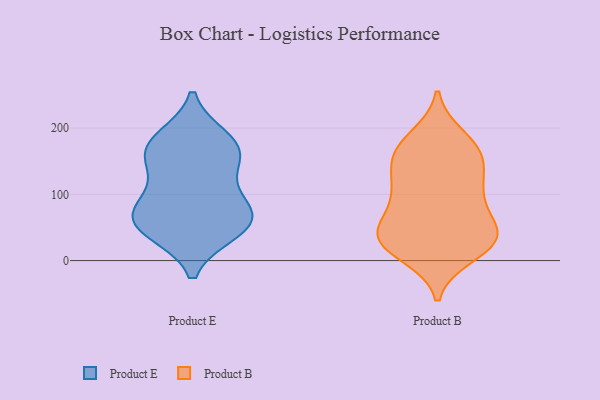
{"axis": {"x": "Satisfaction Score", "y": "Value"}, "legend": ["Product B", "Product E"], "data": [{"x": "", "y": 127, "type": "Product E"}, {"x": "", "y": 171, "type": "Product E"}, {"x": "", "y": 45, "type": "Product E"}, {"x": "", "y": 78, "type": "Product E"}, {"x": "", "y": 55, "type": "Product E"}, {"x": "", "y": 165, "type": "Product E"}, {"x": "", "y": 65, "type": "Product E"}, {"x": "", "y": 162, "type": "Product E"}, {"x": "", "y": 51, "type": "Product E"}, {"x": "", "y": 84, "type": "Product E"}, {"x": "", "y": 183, "type": "Product E"}, {"x": "", "y": 45, "type": "Product B"}, {"x": "", "y": 109, "type": "Product B"}, {"x": "", "y": 32, "type": "Product B"}, {"x": "", "y": 35, "type": "Product B"}, {"x": "", "y": 170, "type": "Product B"}, {"x": "", "y": 23, "type": "Product B"}, {"x": "", "y": 185, "type": "Product B"}, {"x": "", "y": 91, "type": "Product B"}, {"x": "", "y": 27, "type": "Product B"}, {"x": "", "y": 143, "type": "Product B"}, {"x": "", "y": 169, "type": "Product B"}, {"x": "", "y": 10, "type": "Product B"}, {"x": "", "y": 37, "type": "Product B"}, {"x": "", "y": 164, "type": "Product B"}, {"x": "", "y": 61, "type": "Product B"}, {"x": "", "y": 149, "type": "Product B"}, {"x": "", "y": 108, "type": "Product B"}, {"x": "", "y": 104, "type": "Product B"}, {"x": "", "y": 37, "type": "Product B"}]}